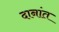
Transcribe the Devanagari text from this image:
दानांत